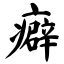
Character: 癖